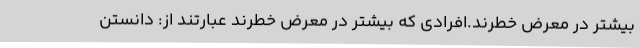
بیشتر در معرض خطرند.افرادی که بیشتر در معرض خطرند عبارتند از: دانستن